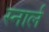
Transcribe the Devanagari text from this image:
स्नार्ल